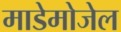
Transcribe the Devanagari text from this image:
माडेमोजेल